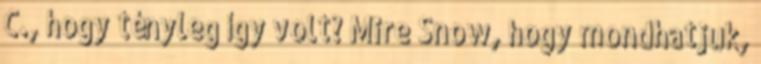
C., hogy tényleg így volt? Mire Snow, hogy mondhatjuk,